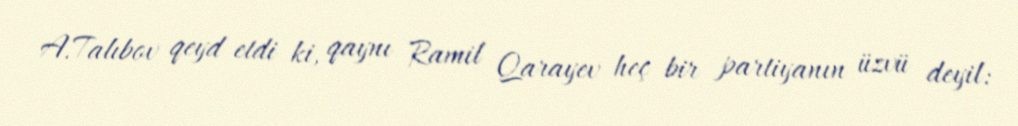
A.Talıbov qeyd etdi ki, qaynı Ramil Qarayev heç bir partiyanın üzvü deyil: